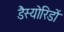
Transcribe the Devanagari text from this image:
डैस्योरिडों